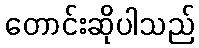
တောင်းဆိုပါသည်